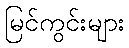
မြင်ကွင်းများ